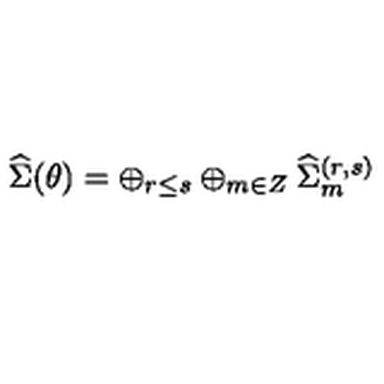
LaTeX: { \widehat \Sigma } ( \theta ) = \oplus _ { r \leq s } \oplus _ { m \in Z } { \widehat \Sigma } _ { m } ^ { ( r , s ) }